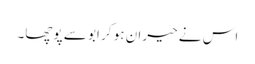
اس نے حیران ہو کر ابو سے پوچھا۔